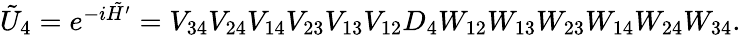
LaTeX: \begin{array}{r}{\tilde{U}_{4}=e^{-i\tilde{H^{\prime}}}=V_{34}V_{24}V_{14}V_{23}V_{13}V_{12}D_{4}W_{12}W_{13}W_{23}W_{14}W_{24}W_{34}.}\end{array}